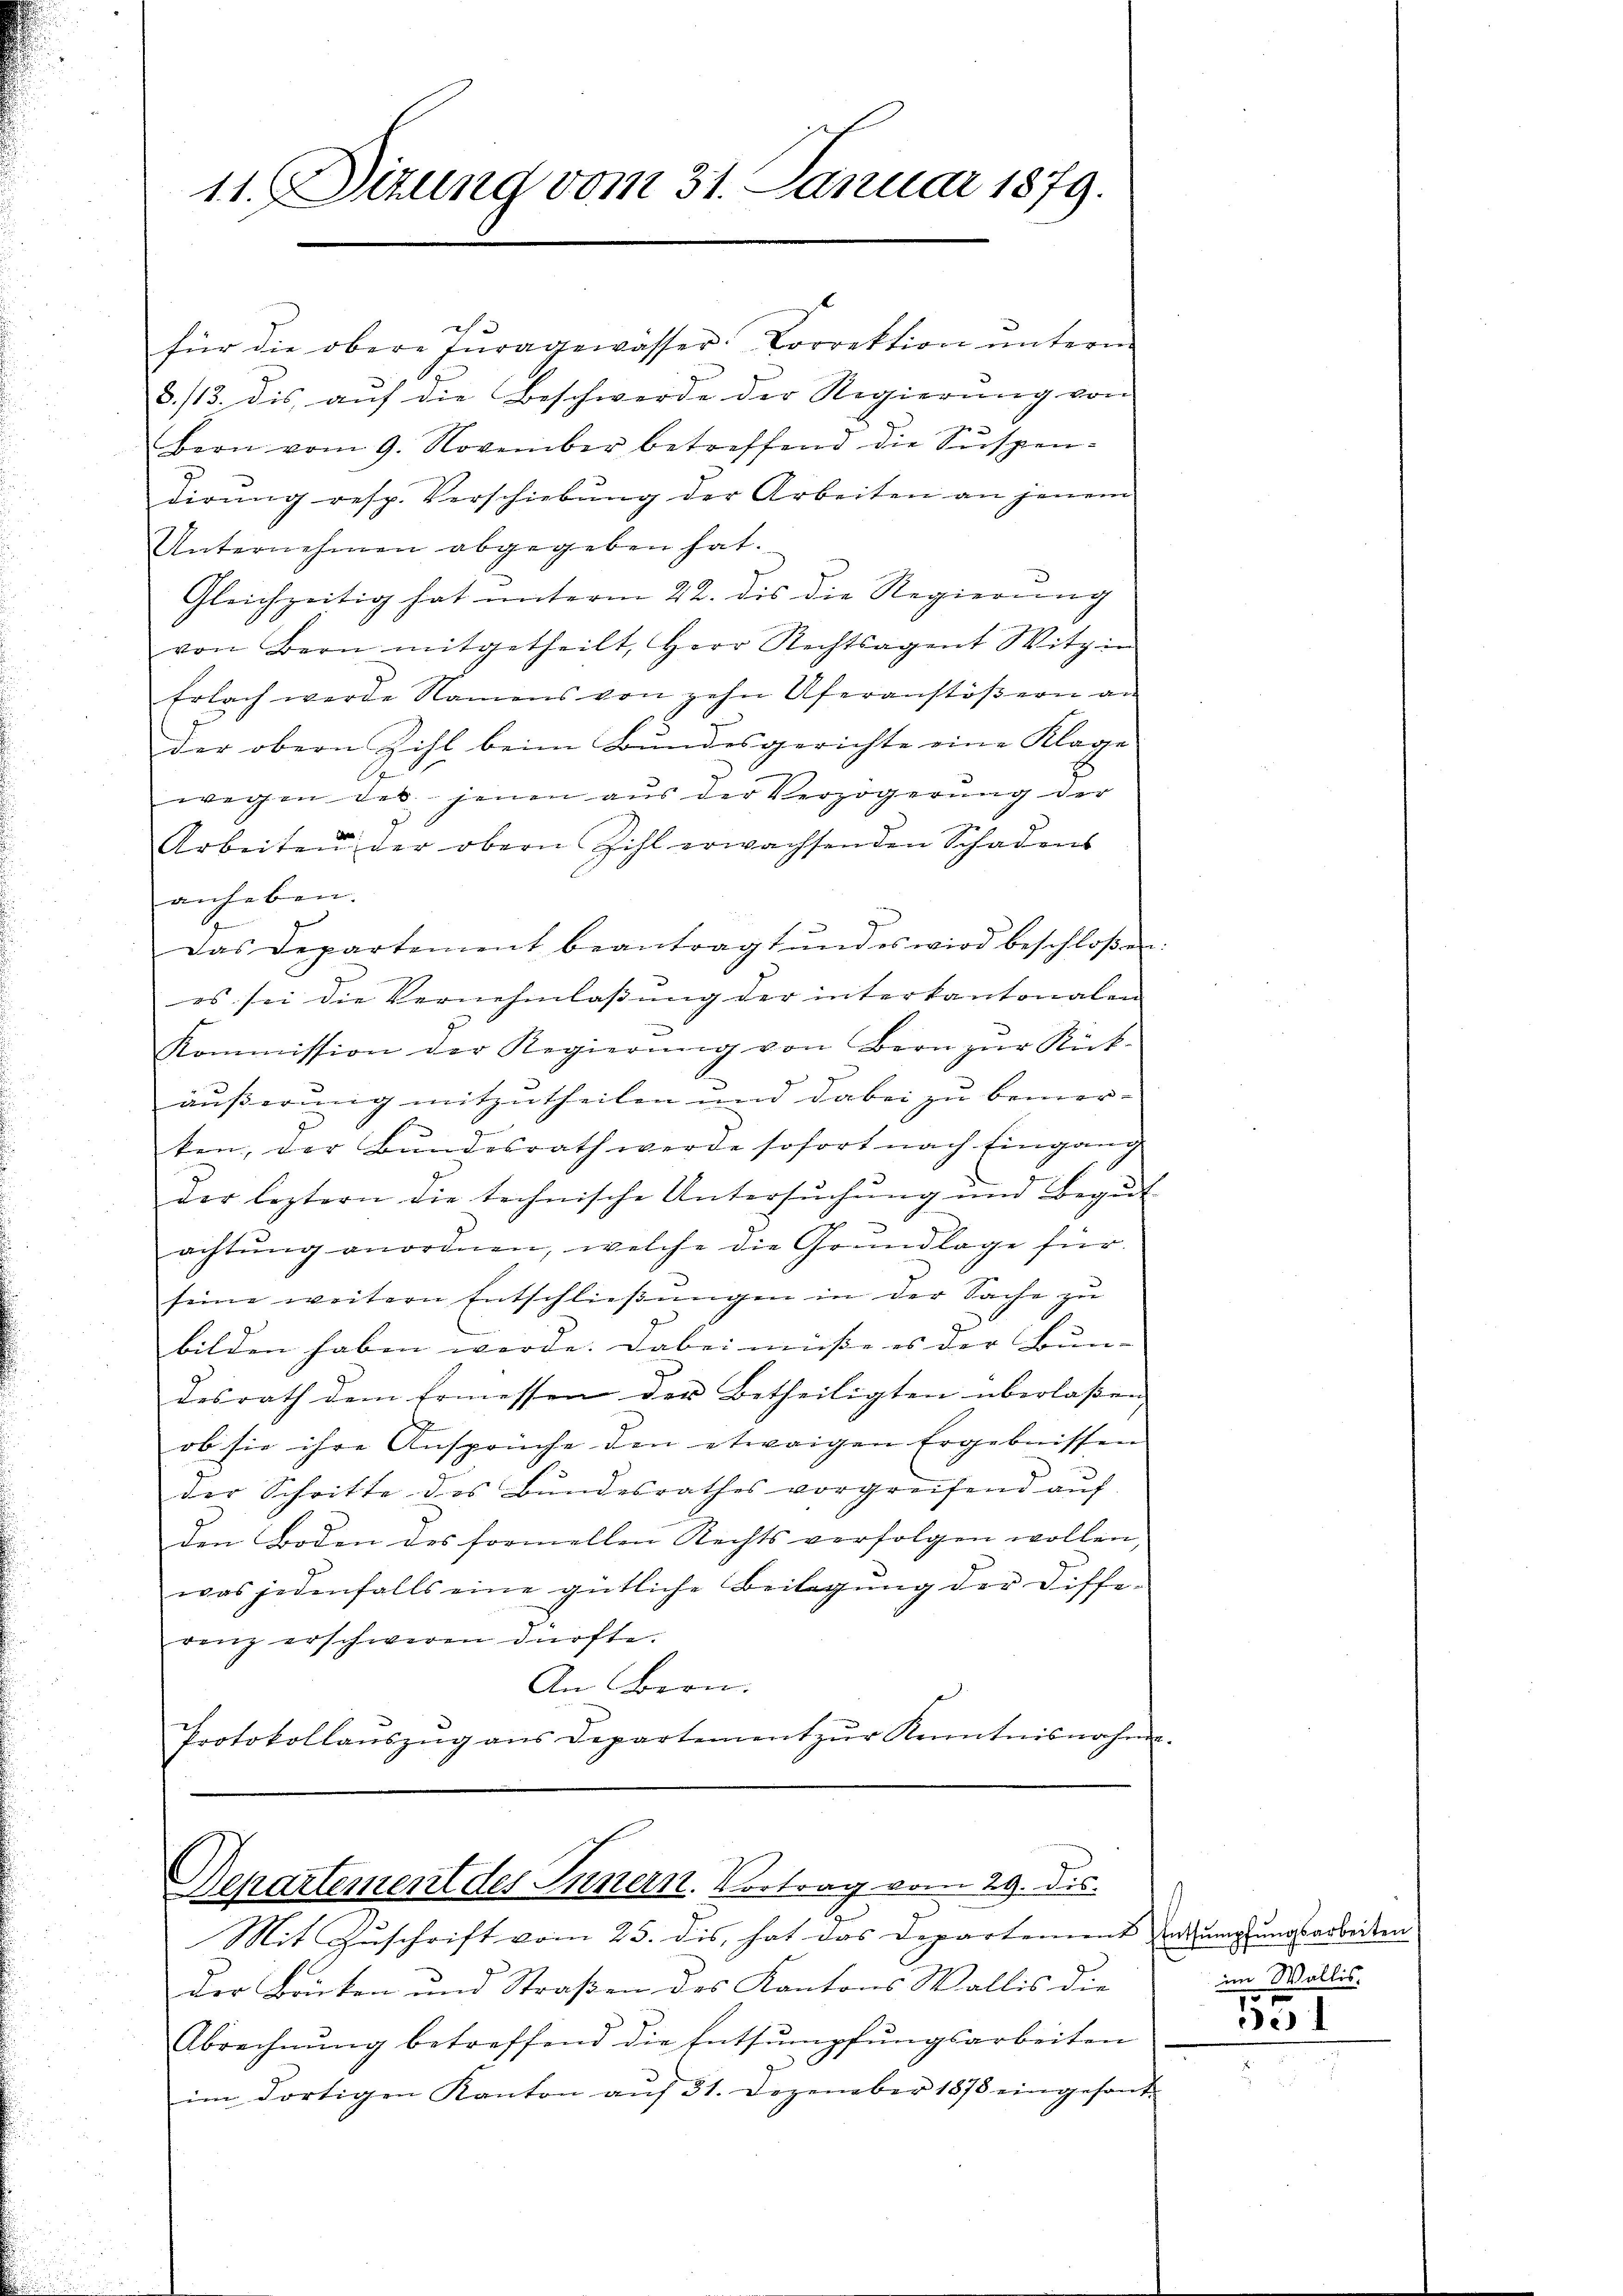
11. Sizung vom 31. Januar 1879.

h
für die obere Fragewässer-Correktion ŭnterm
8./13. dis auf die Beschwerde der Regierung von
bern vom 9. November betreffend die Suspen-
dirŭng resp. Verschiebŭng der Arbeiten an jenem
Unternehmen abgegeben hat.
Gleichzeitig hat unterm 22. dis die Regierung
von Bern mitgetheilt, Herr Rechtsagent Witzin
Erlach werde Namens von zehn Uferanstöβern an
der obern Zihl beim Bundesgerichte eine Klage
wegen des jenen aus der Verzögerung der
Arbeiten der obern Zihl erwachsenden Schadens
anheben.
Das Departement beantragt und es wird beschloßen:
1
es sei die Vernehmlassung der interkantonalen
n
Kommission der Regierŭng von Bern zur Rück-
äußerung mitzutheilen und dabei zu bemer-
ten, der Bundesrath werde sofort nach Eingang
der leztern die technische Untersŭchŭng und Begŭt
achtŭng anordnen, welche die Grundlage für
seine weitern Entschlieβŭngen in der Sache zu
bilden haben werde. Dabei müsse es der Bun-
desrath dem Ermessen der Betheiligten überlassen
ob sie ihre Ansprüche den etwaigen Ergebnissen
der Schritte des Bundesrathes vorgreifend aŭf
den Boden des formellen Rechts verfolgen wollen,
was jedenfalls eine gütliche Beilagŭng der Diffe-
renz erschweren dürfte.
An Bern.
Protokollaŭszŭg ans Departement zŭr Kenntnisnahme

Departement des Innern. Vortrag vom 29. Dis

.
Mit Zuschrift vom 25. dis, hat das Departement entsumpfungsarbeiten
Der Brüten und Straßen des Kantons Wallis die
Abrechnŭng betreffend die Entsumpfungsarbeiten
im dortigen Kanton aŭf 31. Dezember 1878 eingesant-

.

im Wallis.
551